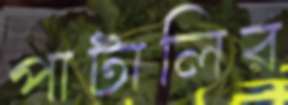
পাটালির